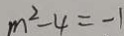
m ^ { 2 } - 4 = - 1